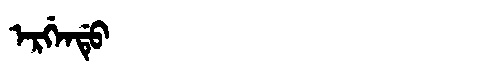
Manchu: ᡝᡵᡤᡝᠨᡩᡠ
Romanization: ERGENDU